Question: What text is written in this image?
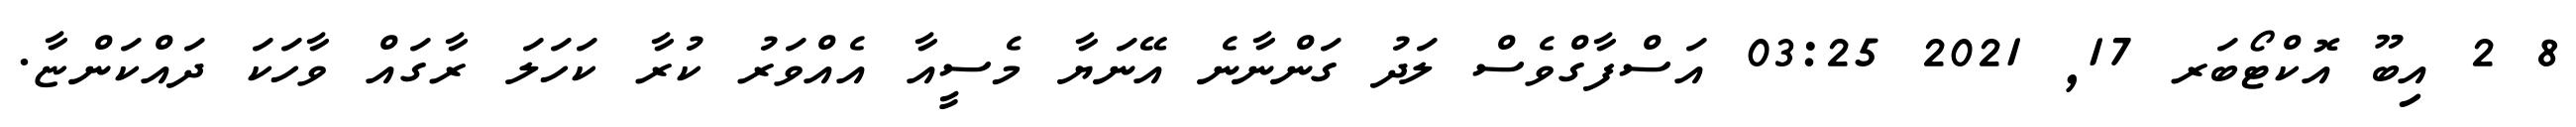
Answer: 8 2 އިބޫ އޮކްޓޯބަރ 17, 2021 03:25 އަސްފާގްވެސް ލަދު ގަންނާނެ އޭނަޔާ މެސީއާ އެއްވަރު ކުރާ ކަހަލަ ރާގައް ވާހަކަ ދައްކަންޏާ.